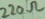
Text: 220Ω